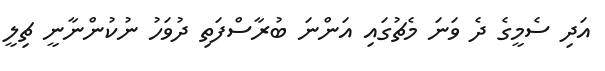
އަދި ސެމީގެ ދެ ވަނަ މެޗުގައި އަންނަ ބުރާސްފަތި ދުވަހު ނުކުންނާނީ ޗިލީ